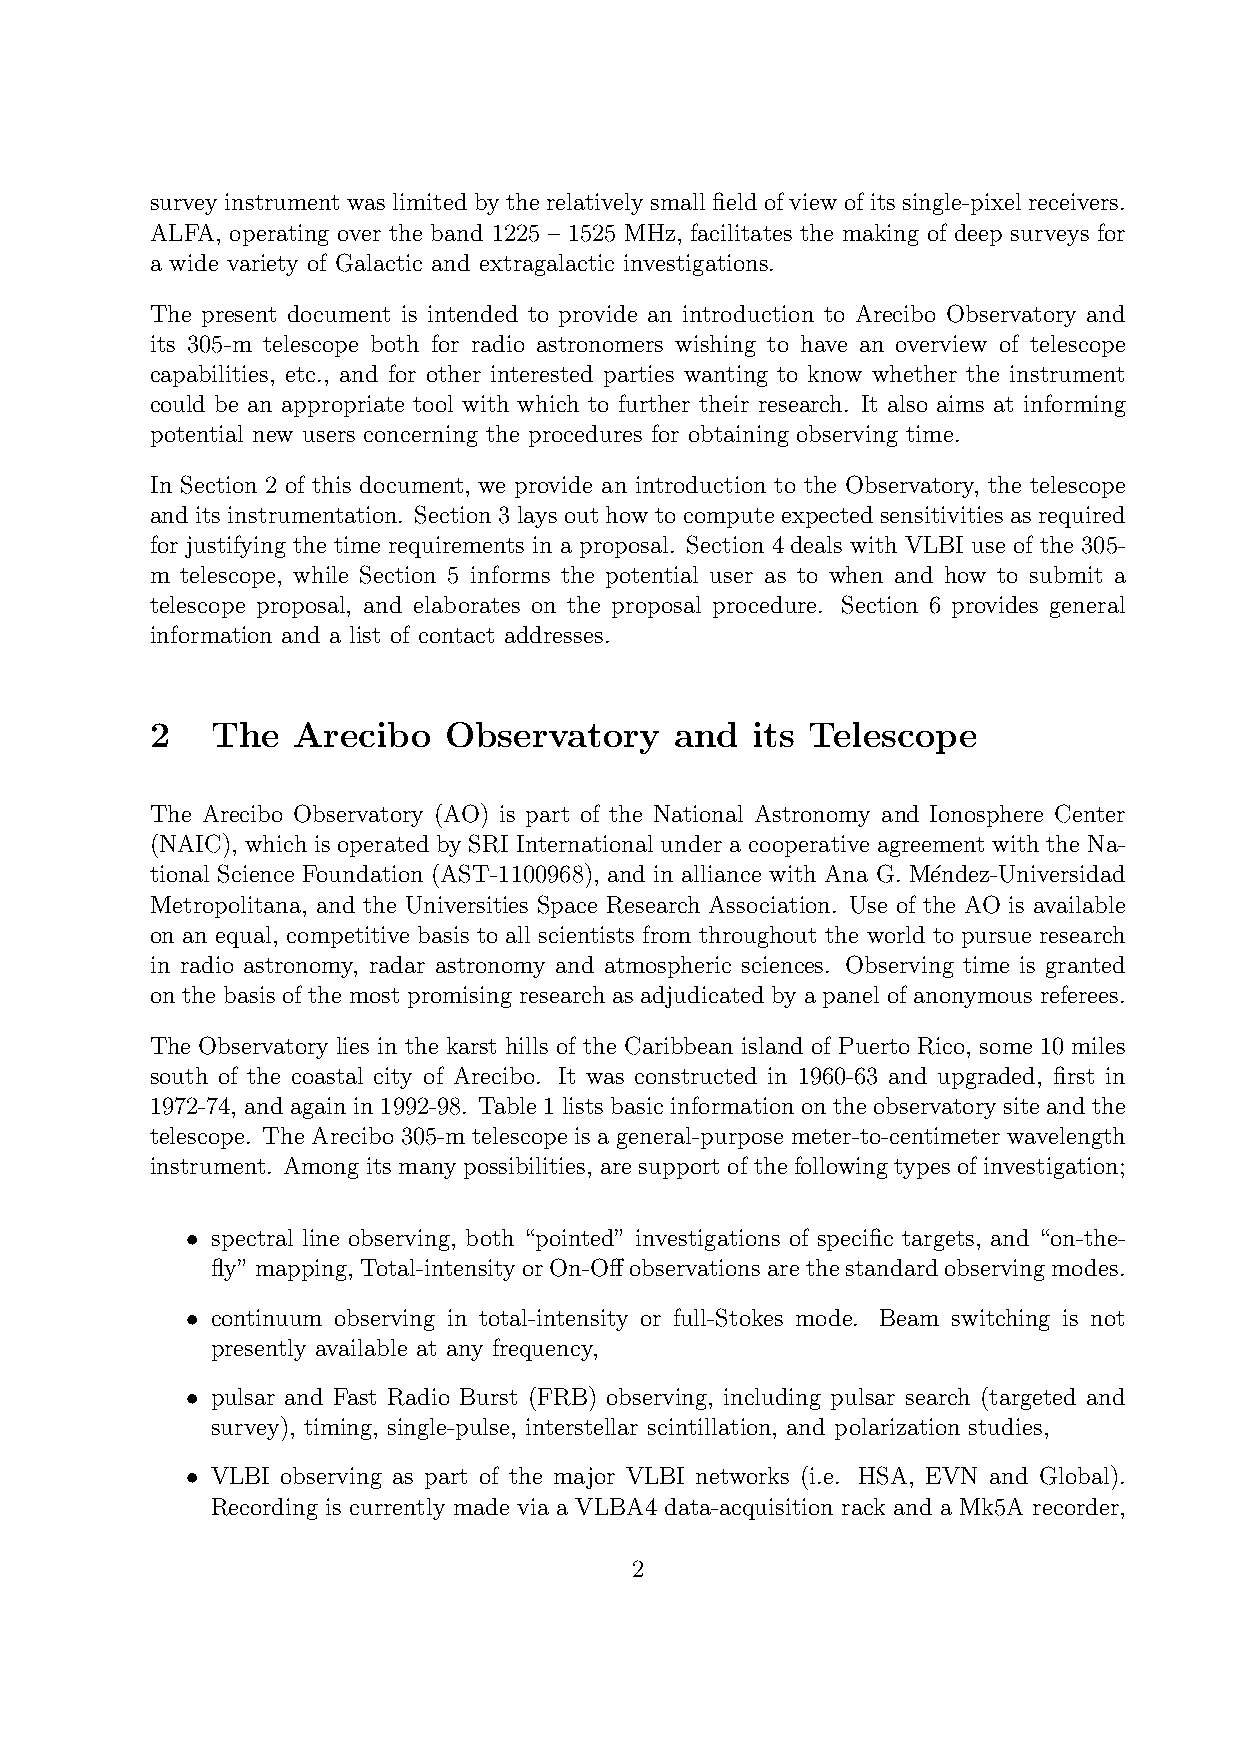
survey instrument was limited by the relatively small field of view of its single-pixel receivers.
 ALFA, operating over the band 1225 – 1525 MHz, facilitates the making of deep surveys for
 a wide variety of Galactic and extragalactic investigations.
 The present document is intended to provide an introduction to Arecibo Observatory and
 its 305-m telescope both for radio astronomers wishing to have an overview of telescope
 capabilities, etc., and for other interested parties wanting to know whether the instrument
 could be an appropriate tool with which to further their research. It also aims at informing
 potential new users concerning the procedures for obtaining observing time.
 In Section 2 of this document, we provide an introduction to the Observatory, the telescope
 and its instrumentation. Section 3 lays out how to compute expected sensitivities as required
 for justifying the time requirements in a proposal. Section 4 deals with VLBI use of the 305-
 m telescope, while Section 5 informs the potential user as to when and how to submit a
 telescope proposal, and elaborates on the proposal procedure. Section 6 provides general
 information and a list of contact addresses.
 2   The  Arecibo   Observatory     and  its Telescope
 The Arecibo Observatory (AO) is part of the National Astronomy and Ionosphere Center
 (NAIC), which is operated by SRI International under a cooperative agreement with the Na-
 tional Science Foundation (AST-1100968), and in alliance with Ana G. M´endez-Universidad
 Metropolitana, and the Universities Space Research Association. Use of the AO is available
 on an equal, competitive basis to all scientists from throughout the world to pursue research
 in radio astronomy, radar astronomy and atmospheric sciences. Observing time is granted
 on the basis of the most promising research as adjudicated by a panel of anonymous referees.
 The Observatory lies in the karst hills of the Caribbean island of Puerto Rico, some 10 miles
 south of the coastal city of Arecibo. It was constructed in 1960-63 and upgraded, first in
 1972-74, and again in 1992-98. Table 1 lists basic information on the observatory site and the
 telescope. The Arecibo 305-m telescope is a general-purpose meter-to-centimeter wavelength
 instrument. Among its many possibilities, are support of the following types of investigation;
 spectral line observing, both “pointed” investigations of specific targets, and “on-the-
 •
 fly”mapping, Total-intensityorOn-Offobservationsarethestandardobservingmodes.
 continuum observing in total-intensity or full-Stokes mode. Beam switching is not
 •
 presently available at any frequency,
 pulsar and Fast Radio Burst (FRB) observing, including pulsar search (targeted and
 •
 survey), timing, single-pulse, interstellar scintillation, and polarization studies,
 VLBI observing as part of the major VLBI networks (i.e. HSA, EVN and Global).
 •
 Recording is currently made via a VLBA4 data-acquisition rack and a Mk5A recorder,
 2